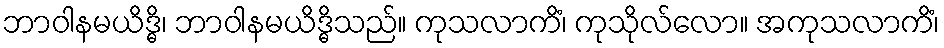
ဘာဝါနမယိဒ္ဓိ၊ ဘာဝါနမယိဒ္ဓိသည်။ ကုသလာကိံ၊ ကုသိုလ်လော။ အကုသလာကိံ၊